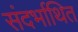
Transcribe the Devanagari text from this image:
संदर्भाथित